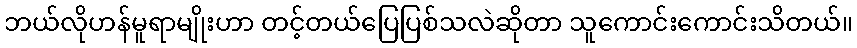
ဘယ်လိုဟန်မူရာမျိုးဟာ တင့်တယ်ပြေပြစ်သလဲဆိုတာ သူကောင်းကောင်းသိတယ်။